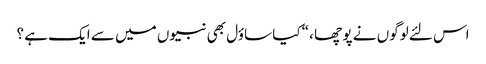
اس لئے لوگوں نے پو چھا ، “کیا ساؤل بھی نبیوں میں سے ایک ہے ؟